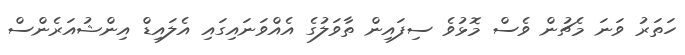
ހަތަރު ވަނަ މެޗުން ވެސް މޮޅުވެ ސިފައިން ތާވަލުގެ އެއްވަނައިގައި އެލައިޑް އިންޝުއަރެންސް